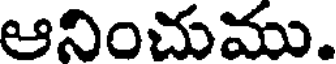
ఆనించుము.